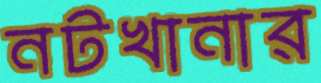
নটখানার